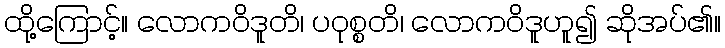
ထို့ကြောင့်။ လောကဝိဒူတိ၊ ပဝုစ္စတိ၊ လောကဝိဒူဟူ၍ ဆိုအပ်၏။